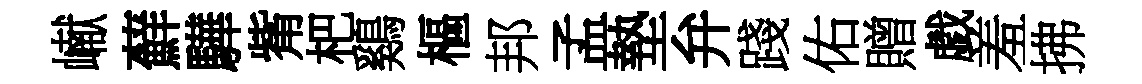
𪩘蘚驊觜杷鷄樞邦孟墊弁踐佑贈戯羞拂